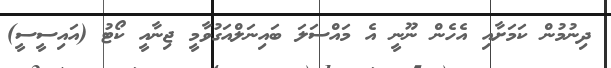
ދިނުމުން ކަމަށާއި އެހެން ނޫނީ އެ މައްސަަލަ ބައިނަލްއަގުވާމީ ޖިނާއީ ކޯޓު (އައިސީސީ)